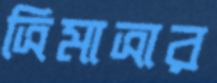
ত্রিমাত্রার